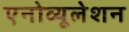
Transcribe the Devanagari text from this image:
एनोव्यूलेशन